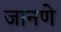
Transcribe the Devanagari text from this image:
जानणे